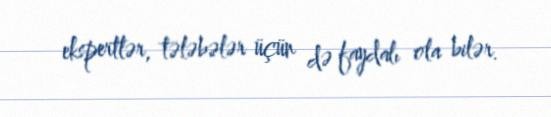
ekspertlər, tələbələr üçün də faydalı ola bilər.